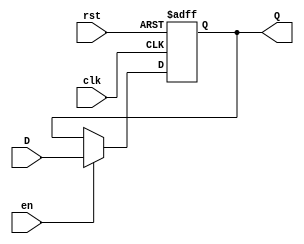
module stage_register (
    input wire clk,      // Clock signal
    input wire rst,      // Reset signal (active high)
    input wire en,       // Enable signal
    input wire [N-1:0] D, // Data input
    output reg [N-1:0] Q  // Data output
);
    parameter N = 8; // Width of the register (default is 8 bits)

    // Asynchronous reset and data capture on clock edge
    always @(posedge clk or posedge rst) begin
        if (rst) begin
            Q <= {N{1'b0}}; // Reset Q to zero
        end else if (en) begin
            Q <= D; // Capture data on enable
        end
        // If 'en' is low, Q holds its previous value
    end
endmodule